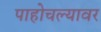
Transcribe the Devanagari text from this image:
पाहोचल्यावर